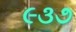
૯૩૭